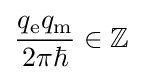
{\frac {q_{\mathrm {e} }q_{\mathrm {m} }}{2\pi \hbar }}\in \mathbb {Z}